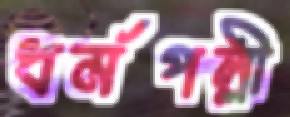
ধর্মপল্লী